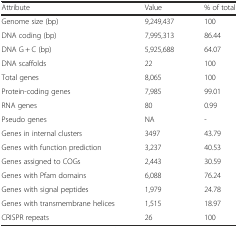
<table><thead><tr><td><b>Attribute</b></td><td><b>Value</b></td><td><b>% of total</b></td></tr></thead><tbody><tr><td>Genome size (bp)</td><td>9,249,437</td><td>100</td></tr><tr><td>DNA coding (bp)</td><td>7,995,313</td><td>86.44</td></tr><tr><td>DNA G + C (bp)</td><td>5,925,688</td><td>64.07</td></tr><tr><td>DNA scaffolds</td><td>22</td><td>100</td></tr><tr><td>Total genes</td><td>8,065</td><td>100</td></tr><tr><td>Protein-coding genes</td><td>7,985</td><td>99.01</td></tr><tr><td>RNA genes</td><td>80</td><td>0.99</td></tr><tr><td>Pseudo genes</td><td>NA</td><td>-</td></tr><tr><td>Genes in internal clusters</td><td>3497</td><td>43.79</td></tr><tr><td>Genes with function prediction</td><td>3,237</td><td>40.53</td></tr><tr><td>Genes assigned to COGs</td><td>2,443</td><td>30.59</td></tr><tr><td>Genes with Pfam domains</td><td>6,088</td><td>76.24</td></tr><tr><td>Genes with signal peptides</td><td>1,979</td><td>24.78</td></tr><tr><td>Genes with transmembrane helices</td><td>1,515</td><td>18.97</td></tr><tr><td>CRISPR repeats</td><td>26</td><td>100</td></tr></tbody></table>